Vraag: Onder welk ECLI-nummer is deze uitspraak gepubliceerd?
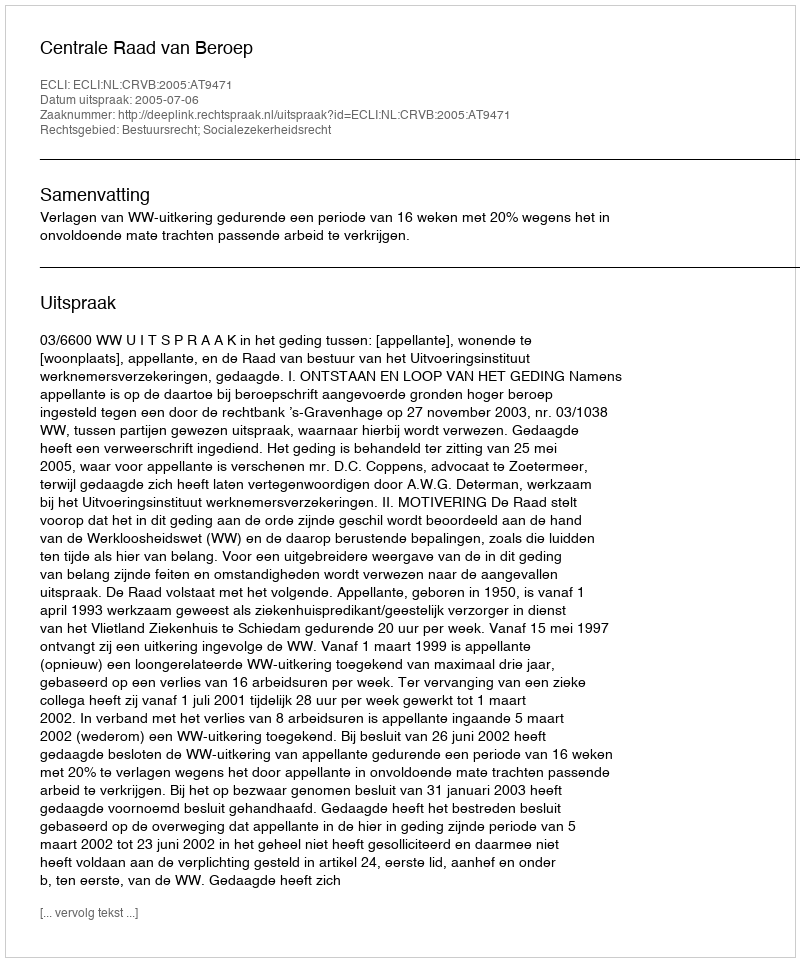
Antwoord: ECLI:NL:CRVB:2005:AT9471